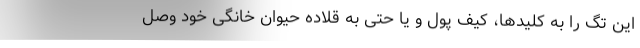
این تگ را به کلیدها، کیف پول و یا حتی به قلاده حیوان خانگی خود وصل